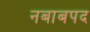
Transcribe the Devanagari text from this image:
नबाबपद